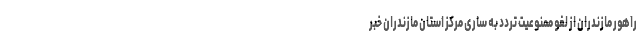
راهور مازندران از لغو ممنوعیت تردد به ساری مرکز استان مازندران خبر